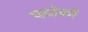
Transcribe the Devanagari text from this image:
पदांकों